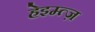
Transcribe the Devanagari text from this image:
हेइम्त्ज़